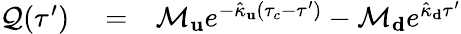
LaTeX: \begin{array}{rlr}{\mathcal{Q}(\tau^{\prime})}&{{}=}&{\mathcal{M}_{\mathbf u}e^{-\hat{\kappa}_{\mathbf u}(\tau_{c}-\tau^{\prime})}-\mathcal{M}_{\mathbf d}e^{\hat{\kappa}_{\mathbf d}\tau^{\prime}}}\end{array}